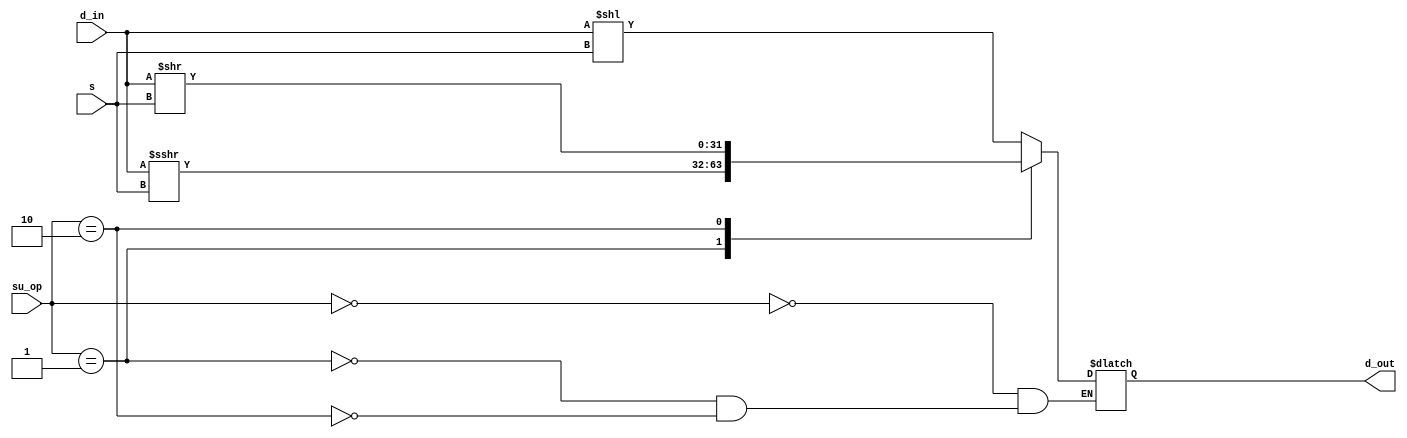
module su( d_in, s, su_op, d_out );
    input [31:0] d_in;
    input [4:0]  s;
    input [1:0]  su_op;
    output reg [31:0] d_out;

    always @(*) begin
        case (su_op)
            2'b00 : d_out <= d_in<<s;
            2'b01 : d_out <= $signed(d_in)>>>s;
            // 2'b01 : d_out <= d_in>>>s;
            2'b10 : d_out <= d_in>>s;
        endcase
    end
endmodule